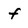
Character: f